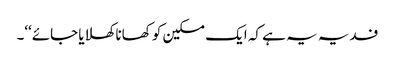
فدیہ یہ ہے کہ ایک مسکین کو کھانا کھلایا جائے‘‘۔